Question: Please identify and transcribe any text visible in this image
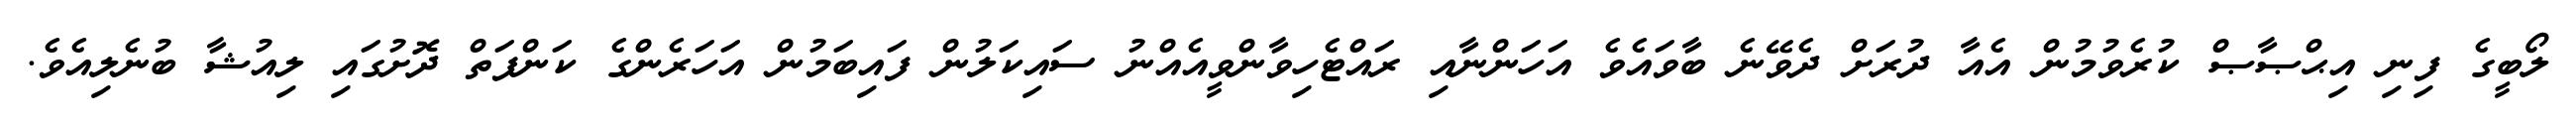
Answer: ލޯބީގެ ފިނި އިޙްޞާޞް ކުރެވުމުން އެއާ ދުރަށް ދެވޭނެ ބާވައެވެ އަހަންނާއި ރައްޓެހިވާންވީއެއްނު ސައިކަލުން ފައިބަމުން އަހަރެންގެ ކަންފަތް ދޮށުގައި ލިއުޝާ ބުނެލިއެވެ.